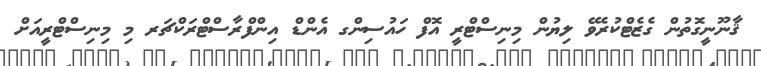
ޤާނޫނީގޮތުން ގެޒެޓްކުރެވޭ ލިޔުން މިނިސްޓްރީ އޮފް ހައުސިންގ އެންޑް އިންފްރާސްޓްރަކްޗަރ މި މިނިސްޓްރީއަށް